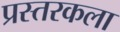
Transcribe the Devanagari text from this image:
प्रस्तरकला